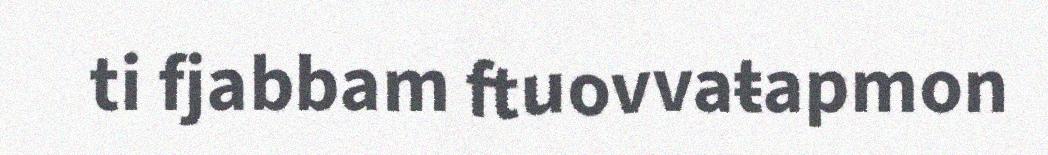
ti fjabbam ftuovvaŧapmon